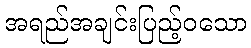
အရည်အချင်းပြည့်ဝသော